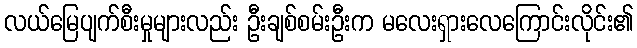
လယ်မြေပျက်စီးမှုများလည်း ဦးချစ်စမ်းဦးက မလေးရှားလေကြောင်းလိုင်း၏